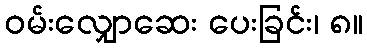
ဝမ်းလျှောဆေး ပေးခြင်း၊ ၈။